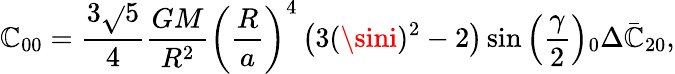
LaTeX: \mathbb{C}_{00}=\frac{{3\sqrt{}{{5}}}}{{4}}\frac{{GM}}{{R^{2}}}\left(\frac{{R}}{{a}}\right)^{4}\left(3(\sini)^{2}-2\right)\sin\left(\frac{{\gamma}}{{2}}\right)\phantom{}_{0}\Delta\bar{{\mathbb{C}}}_{20},